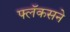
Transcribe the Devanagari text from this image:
फ्लॅकसने